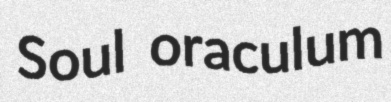
Soul oraculum